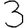
Digit: 3